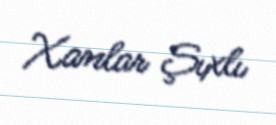
Xanlar Şıxlı